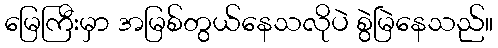
မြေကြီးမှာ အမြစ်တွယ်နေသလိုပဲ စွဲမြဲနေသည်။